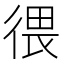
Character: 𪫑